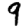
Digit: 9